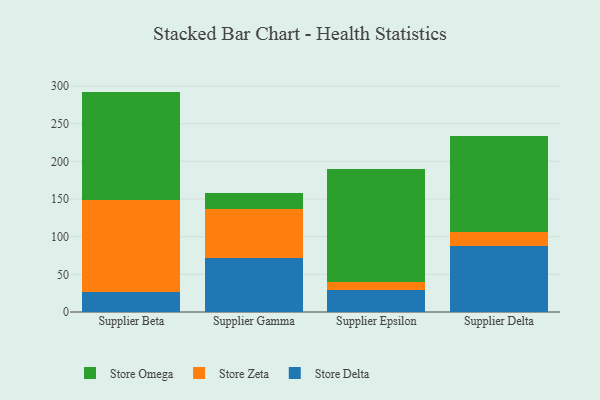
{"axis": {"x": "Supplier", "y": "Shipments"}, "legend": ["Store Delta", "Store Omega", "Store Zeta"], "data": [{"x": "Supplier Beta", "y": 26.9, "type": "Store Delta"}, {"x": "Supplier Beta", "y": 121.9, "type": "Store Zeta"}, {"x": "Supplier Beta", "y": 143.8, "type": "Store Omega"}, {"x": "Supplier Gamma", "y": 72.3, "type": "Store Delta"}, {"x": "Supplier Gamma", "y": 64.4, "type": "Store Zeta"}, {"x": "Supplier Gamma", "y": 21.0, "type": "Store Omega"}, {"x": "Supplier Epsilon", "y": 29.6, "type": "Store Delta"}, {"x": "Supplier Epsilon", "y": 10.4, "type": "Store Zeta"}, {"x": "Supplier Epsilon", "y": 149.5, "type": "Store Omega"}, {"x": "Supplier Delta", "y": 87.6, "type": "Store Delta"}, {"x": "Supplier Delta", "y": 19.2, "type": "Store Zeta"}, {"x": "Supplier Delta", "y": 126.7, "type": "Store Omega"}]}